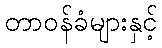
တာဝန်ခံများနှင့်